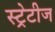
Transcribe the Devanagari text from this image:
स्ट्रेटीज